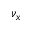
\nu _ { x }